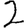
Digit: 2